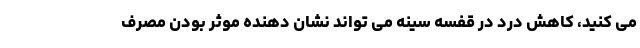
می کنید، کاهش درد در قفسه سینه می تواند نشان دهنده موثر بودن مصرف